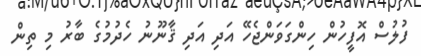
ފުލުސް އޮފީހުން ހިންގަވަންޖެހޭ އަދި އަދި ޤާނޫނު ހެދުމުގެ ބާރު މި ތިން